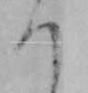
つ